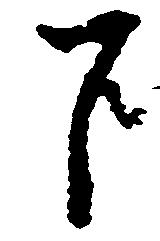
下